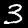
Digit: 3